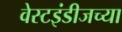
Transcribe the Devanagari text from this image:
वेस्टइंडीजच्या